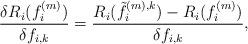
LaTeX: \begin{align*} \frac{\delta R_i(f_{i}^{(m)})}{\delta f_{i,k}} = \frac{R_i(\tilde{f}_{i}^{(m),k}) - R_i(f_{i}^{(m)})}{\delta f_{i,k}},\end{align*}